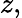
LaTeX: z,